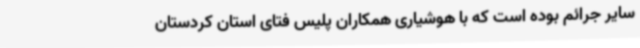
سایر جرائم بوده است که با هوشیاری همکاران پلیس فتای استان کردستان